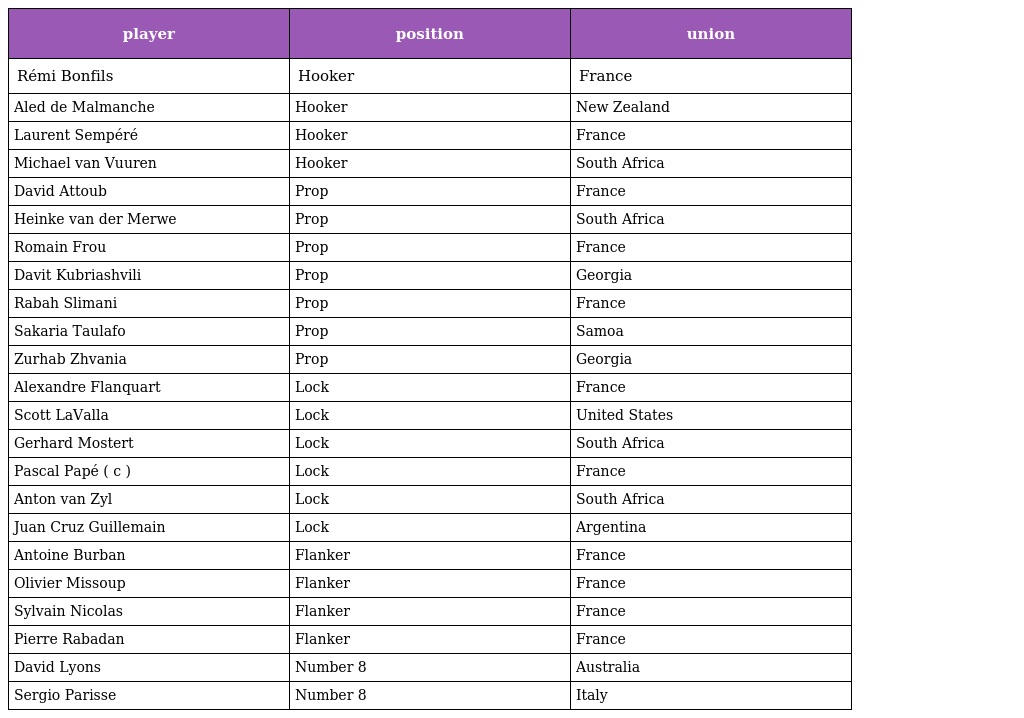
| player | position | union |
 | --- | --- | --- |
 | Rémi Bonfils | Hooker | France |
 | Aled de Malmanche | Hooker | New Zealand |
 | Laurent Sempéré | Hooker | France |
 | Michael van Vuuren | Hooker | South Africa |
 | David Attoub | Prop | France |
 | Heinke van der Merwe | Prop | South Africa |
 | Romain Frou | Prop | France |
 | Davit Kubriashvili | Prop | Georgia |
 | Rabah Slimani | Prop | France |
 | Sakaria Taulafo | Prop | Samoa |
 | Zurhab Zhvania | Prop | Georgia |
 | Alexandre Flanquart | Lock | France |
 | Scott LaValla | Lock | United States |
 | Gerhard Mostert | Lock | South Africa |
 | Pascal Papé ( c ) | Lock | France |
 | Anton van Zyl | Lock | South Africa |
 | Juan Cruz Guillemain | Lock | Argentina |
 | Antoine Burban | Flanker | France |
 | Olivier Missoup | Flanker | France |
 | Sylvain Nicolas | Flanker | France |
 | Pierre Rabadan | Flanker | France |
 | David Lyons | Number 8 | Australia |
 | Sergio Parisse | Number 8 | Italy |